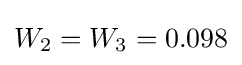
W_{2}=W_{3}=0.098